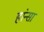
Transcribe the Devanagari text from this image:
हांन्सा